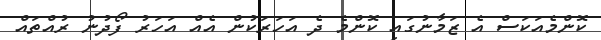
ކޮންމެއަކަސް އެ ޒަމާނުގައި ކޮންމެ ދެ އަހަރަކުން އެއް އަހަރު ފޯދުނު ރުއްތައް